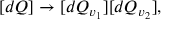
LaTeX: [ d Q ] \rightarrow [ d Q _ { v _ { 1 } } ] [ d Q _ { v _ { 2 } } ] ,